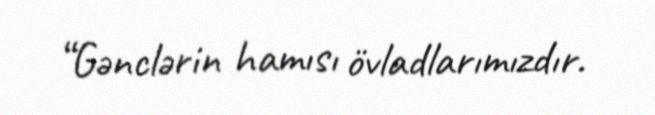
“Gənclərin hamısı övladlarımızdır.